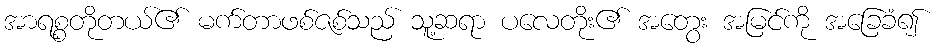
အာရစ္စတိုတယ်၏ မက်တာဖစ်ဇစ်သည် သူ့ဆရာ ပလေတိုး၏ အတွေး အမြင်ကို အခြေခံ၍